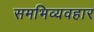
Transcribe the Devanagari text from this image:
समभिव्यवहार